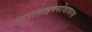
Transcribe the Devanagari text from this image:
पारामाइक्सोवायरस